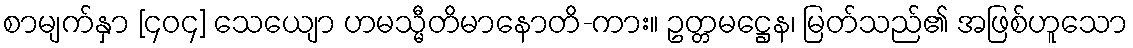
စာမျက်နှာ [၄၀၄] သေယျော ဟမသ္မီတိမာနောတိ-ကား။ ဥတ္တမဋ္ဌေန၊ မြတ်သည်၏ အဖြစ်ဟူသော